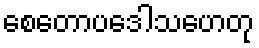
စေတောပဒေါသဟေတု